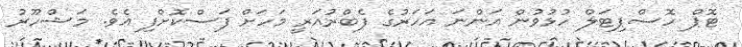
ޓޮޕް ހޮސްޕިޓަލް ހުޅުވުން އަންނަ އަހަރުގެ ފެބްރުއަރީ މަހަށް ފަސްކޮށްފި އެވެ. މަޝްހޫރު